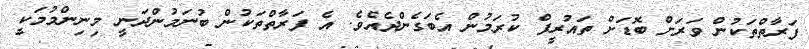
ފަރާތްތަކުން ވަރަށް ބޮޑަށް ތައުރީފް ކުރަމުން އެބަގެންދެއެވެ. އެ ފަރާތްތަކުން ބުނަމުންދަނީ މިނިންމުމަކީ